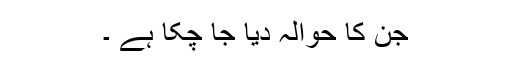
جن کا حوالہ دیا جا چکا ہے ۔